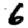
Digit: 6